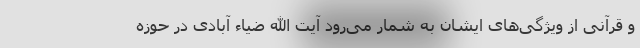
و قرآنی از ویژگی‌های ایشان به شمار می‌رود آیت الله ضیاء آبادی در حوزه